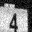
Digit: 4